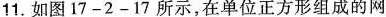
11.如图17-2-17所示，在单位正方形组成的网